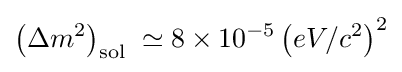
\left(\Delta m^{2}\right)_{\text{sol }}\simeq 8\times 10^{-5}\left(eV/c^{2}\right)^{2}